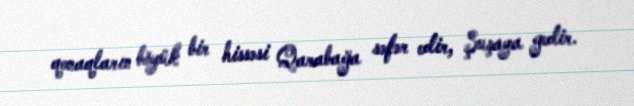
qonaqların böyük bir hissəsi Qarabağa səfər edir, Şuşaya gedir.